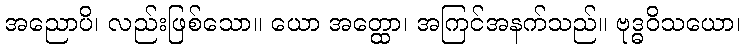
အညောပိ၊ လည်းဖြစ်သော။ ယော အတ္ထော၊ အကြင်အနက်သည်။ ဗုဒ္ဓဝိသယော၊